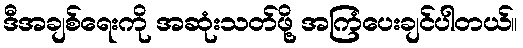
ဒီအချစ်ရေးကို အဆုံးသတ်ဖို့ အကြံပေးချင်ပါတယ်။